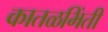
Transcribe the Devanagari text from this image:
कातळभिंती